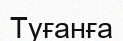
Туғанға